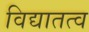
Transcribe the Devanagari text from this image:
विद्यातत्व